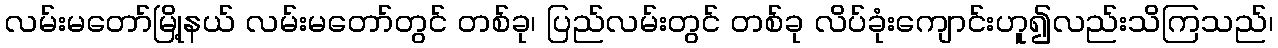
လမ်းမတော်မြို့နယ် လမ်းမတော်တွင် တစ်ခု၊ ပြည်လမ်းတွင် တစ်ခု လိပ်ခုံးကျောင်းဟူ၍လည်းသိကြသည်၊